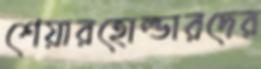
শেয়ারহোল্ডারদের